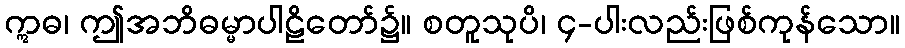
ဣဓ၊ ဤအဘိဓမ္မာပါဠိတော်၌။ စတူသုပိ၊ ၄-ပါးလည်းဖြစ်ကုန်သော။